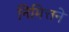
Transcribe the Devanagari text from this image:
निमित्तने